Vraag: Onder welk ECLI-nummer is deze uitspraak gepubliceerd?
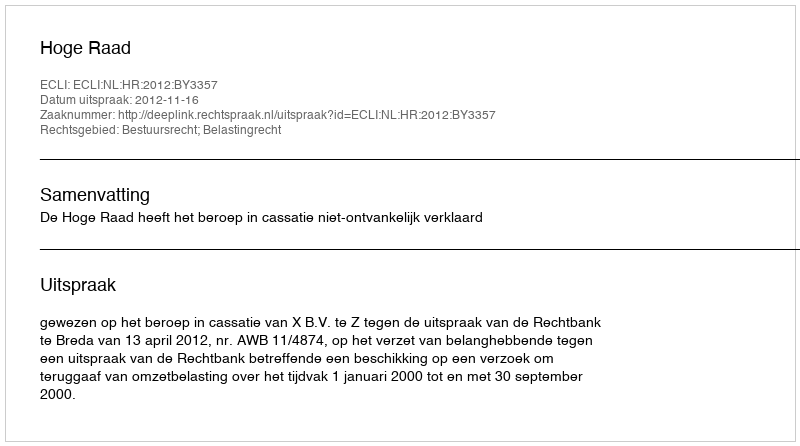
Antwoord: ECLI:NL:HR:2012:BY3357